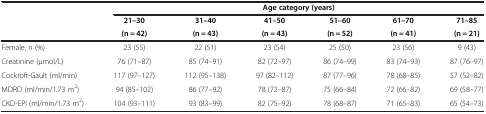
<table><thead><tr><td><b> </b></td><td colspan="6"><b>Age category (years)</b></td></tr><tr><td><b> </b></td><td><b>21–30</b></td><td><b>31–40</b></td><td><b>41–50</b></td><td><b>51–60</b></td><td><b>61–70</b></td><td><b>71–85</b></td></tr><tr><td><b> </b></td><td><b>(n = 42)</b></td><td><b>(n = 43)</b></td><td><b>(n = 43)</b></td><td><b>(n = 52)</b></td><td><b>(n = 41)</b></td><td><b>(n = 21)</b></td></tr></thead><tbody><tr><td>Female, n (%)</td><td>23 (55)</td><td>22 (51)</td><td>23 (54)</td><td>25 (50)</td><td>23 (56)</td><td>9 (43)</td></tr><tr><td>Creatinine (μmol/L)</td><td>76 (71–87)</td><td>85 (74–91)</td><td>82 (72–97)</td><td>86 (74–99)</td><td>83 (74–93)</td><td>87 (76–97)</td></tr><tr><td>Cockroft-Gault (ml/min)</td><td>117 (97–127)</td><td>112 (95–138)</td><td>97 (82–112)</td><td>87 (77–96)</td><td>78 (68–85)</td><td>57 (52–82)</td></tr><tr><td>MDRD (ml/min/1.73 m<sup>2</sup>)</td><td>94 (85–102)</td><td>86 (77–92)</td><td>78 (72–87)</td><td>75 (66–84)</td><td>72 (66–82)</td><td>69 (58–77)</td></tr><tr><td>CKD-EPI (ml/min/1.73 m<sup>2</sup>)</td><td>104 (93–111)</td><td>93 (83–99)</td><td>82 (75–92)</td><td>78 (68–87)</td><td>71 (65–83)</td><td>65 (54–73)</td></tr></tbody></table>